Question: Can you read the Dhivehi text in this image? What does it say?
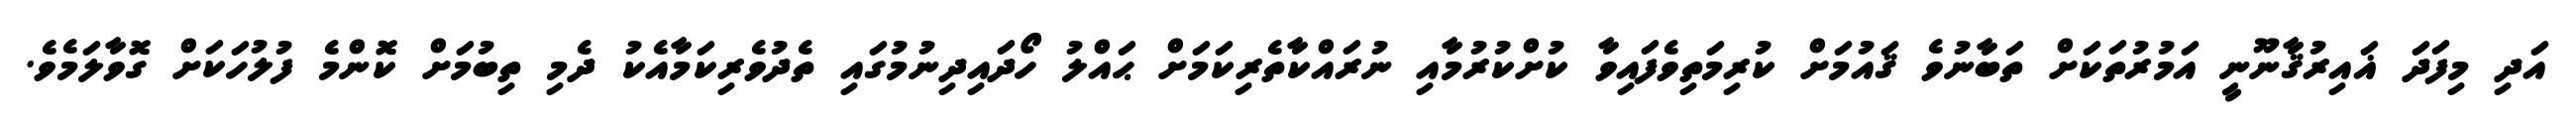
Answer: އަދި މިފަދަ ޣައިރުޤާނޫނީ އަމުރުތަކަށް ތަބާނުވެ ޤައުމަށް ކުރިމަތިވެފައިވާ ކުށްކުރުމާއި ނުރައްކާތެރިކަމަށް ޙައްލު ހޯދައިދިނުމުގައި ތެދުވެރިކަމާއެކު ދެމި ތިބުމަށް ކޮންމެ ފުލުހަކަށް ގޮވާލަމެވެ.